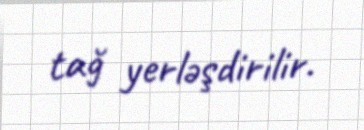
tağ yerləşdirilir.